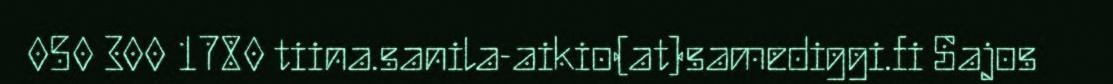
050 300 1780 tiina.sanila-aikio(at)samediggi.fi Sajos